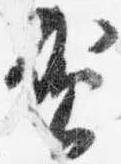
賀